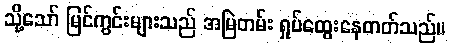
သို့သော် မြင်ကွင်းများသည် အမြဲတမ်း ရှုပ်ထွေးနေတတ်သည်။